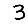
Digit: 3